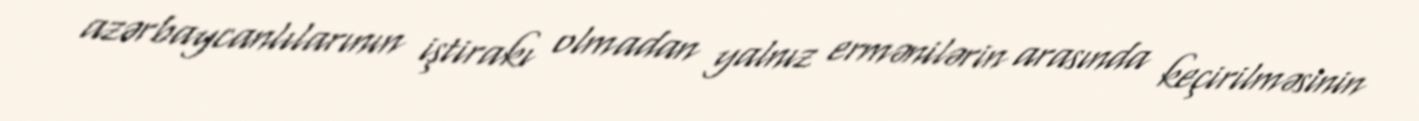
azərbaycanlılarının iştirakı olmadan yalnız ermənilərin arasında keçirilməsinin